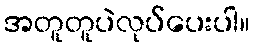
အတူတူပဲလုပ်ပေးပါ။